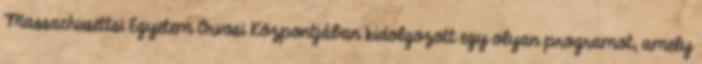
Massachusettsi Egyetem Orvosi Központjában kidolgozott egy olyan programot, amely